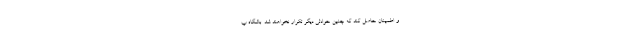
و اطمینان حاصل کند که چنین حوادثی دیگر تکرار نخواهند شد. باشگاه پ